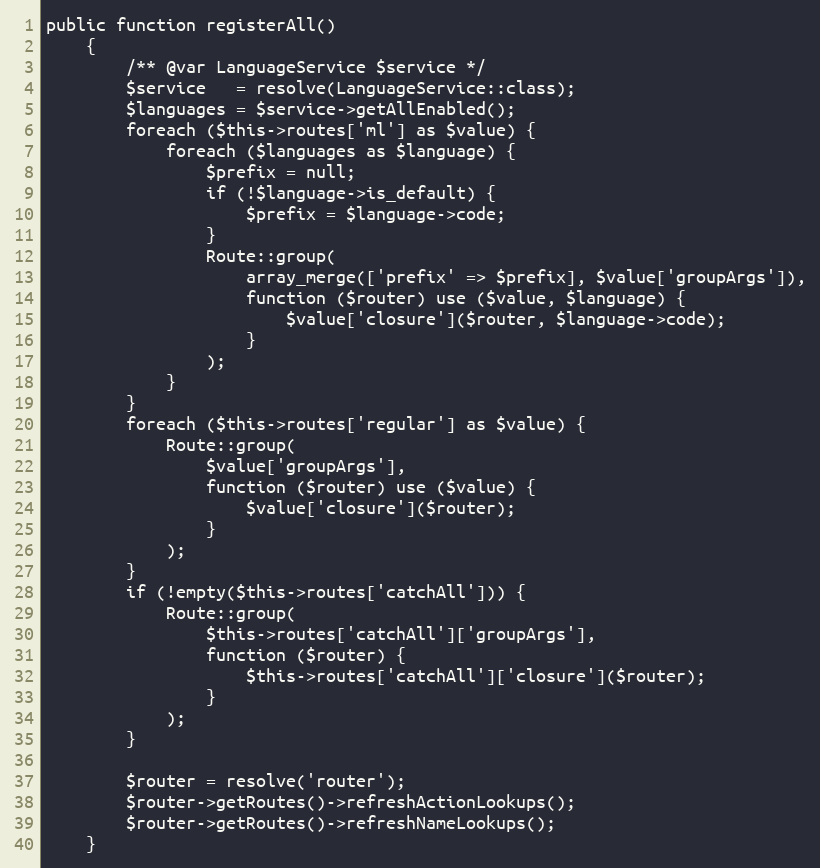
Language: PHP
public function registerAll()
    {
        /** @var LanguageService $service */
        $service   = resolve(LanguageService::class);
        $languages = $service->getAllEnabled();
        foreach ($this->routes['ml'] as $value) {
            foreach ($languages as $language) {
                $prefix = null;
                if (!$language->is_default) {
                    $prefix = $language->code;
                }
                Route::group(
                    array_merge(['prefix' => $prefix], $value['groupArgs']),
                    function ($router) use ($value, $language) {
                        $value['closure']($router, $language->code);
                    }
                );
            }
        }
        foreach ($this->routes['regular'] as $value) {
            Route::group(
                $value['groupArgs'],
                function ($router) use ($value) {
                    $value['closure']($router);
                }
            );
        }
        if (!empty($this->routes['catchAll'])) {
            Route::group(
                $this->routes['catchAll']['groupArgs'],
                function ($router) {
                    $this->routes['catchAll']['closure']($router);
                }
            );
        }

        $router = resolve('router');
        $router->getRoutes()->refreshActionLookups();
        $router->getRoutes()->refreshNameLookups();
    }